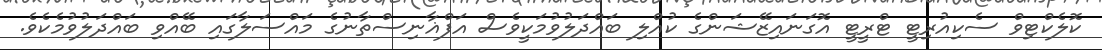
ކޮލެކްޓިވް ސެކިއުރިޓީ ޓްރީޓީ އޮގަނައިޒޭޝަންގެ ކުއްލި ބައްދަލުވުމަކީވެސް އަފްޣާނިސްތާނުގެ މައްސަލާގައި ބޭއްވި ބައްދަލުވުމެކެވެ.